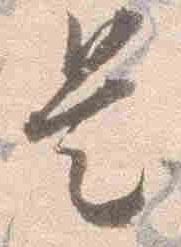
是